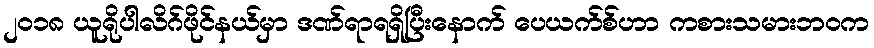
၂၀၁၈ ယူရိုပါလိဂ်ဖိုင်နယ်မှာ ဒဏ်ရာရရှိပြီးနောက် ပေယက်စ်ဟာ ကစားသမားဘဝက